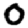
Digit: 0